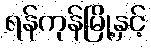
ရန်ကုန်မြို့နှင့်